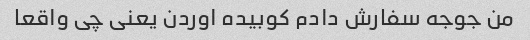
من جوجه سفارش دادم کوبیده اوردن یعنی چی واقعا